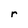
Character: r